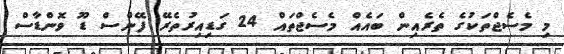
މި މެސެޖްތަކުގެ ތެރެއިން ބައެއް މެސެޖްތައް 24 ގަޑިއިރުތެރޭ ފޭންސް ޑޫ ވޮންޑާސް